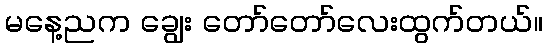
မနေ့ညက ချွေး တော်တော်လေးထွက်တယ်။